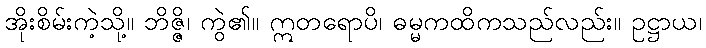
အိုးစိမ်းကဲ့သို့။ ဘိဇ္ဇိ၊ ကွဲ၏။ ဣတရောပိ၊ ဓမ္မကထိကသည်လည်း။ ဥဋ္ဌာယ၊